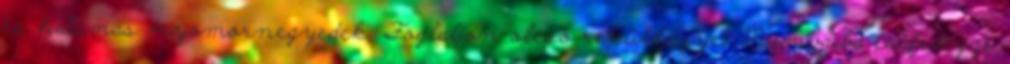
és hatamas nyomornegyedek. Foglaljon olcsó repülőjegyet Mumbaiba és fedezze